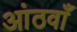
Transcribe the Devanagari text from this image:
आंठवाँ